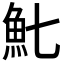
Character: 𩵐